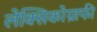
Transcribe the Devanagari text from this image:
लेक्सिकोग्राफी